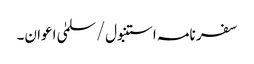
سفر نامہ استنبول/سلمیٰ اعوان۔